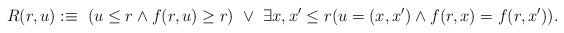
LaTeX: \begin{align*}R(r,u):\equiv\ (u\leq r\wedge f(r,u)\geq r)\ \vee\ \exists x,x'\leq r (u=(x,x')\wedge f(r,x)=f(r,x')).\end{align*}